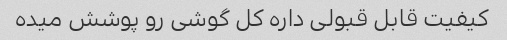
کیفیت قابل قبولی داره کل گوشی رو پوشش میده